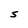
Character: S